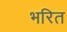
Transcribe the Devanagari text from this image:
भरित